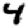
Digit: 4